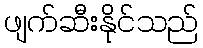
ဖျက်ဆီးနိုင်သည်